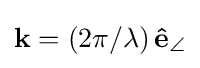
\mathbf {k} =\left(2\pi /\lambda \right)\mathbf {\hat {e}} _{\angle }\,\!